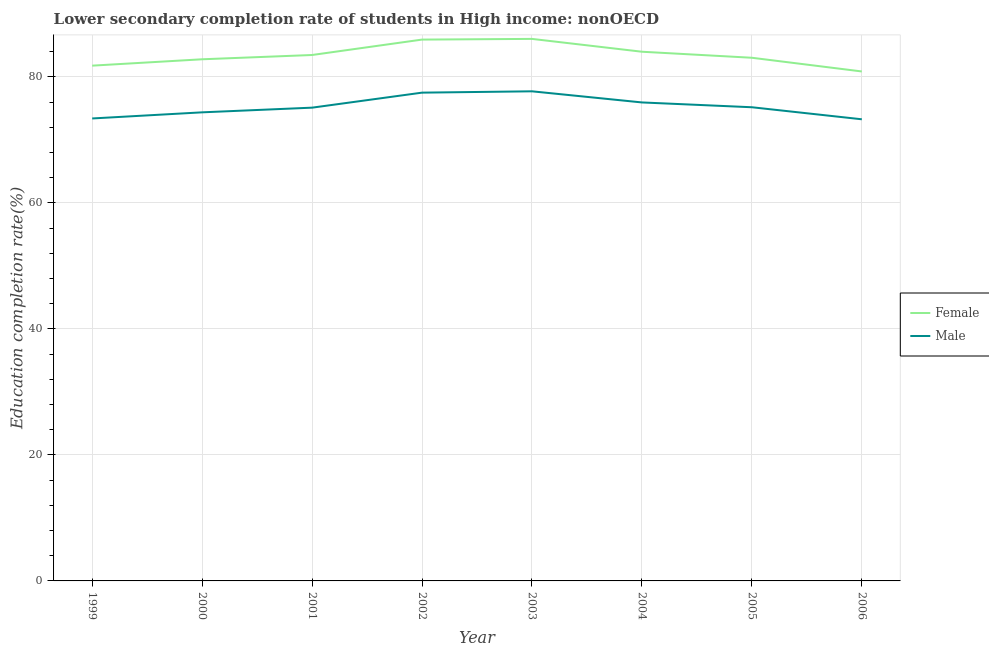
| Year | Female | Male |
 | --- | --- | --- |
 | 1999 | 81.8 | 73.4 |
 | 2000 | 82.8 | 74.4 |
 | 2001 | 83.5 | 75.1 |
 | 2002 | 85.9 | 77.5 |
 | 2003 | 86 | 77.7 |
 | 2004 | 84 | 75.9 |
 | 2005 | 83 | 75.2 |
 | 2006 | 80.9 | 73.3 |